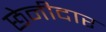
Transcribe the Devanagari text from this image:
छेनीदार